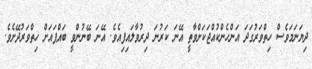
ދިޔަނަމަވެސް ހިތްވަރުގަދަ އަންހެންކުއްޖަކަށްވާތީ އޭނަ ކަރުނަ ދިރުވާލައިފިއެވެ. އޭނަ ބޭނުންވީ ބައްޕައަށް ހިތްވަރުދޭށެވެ.